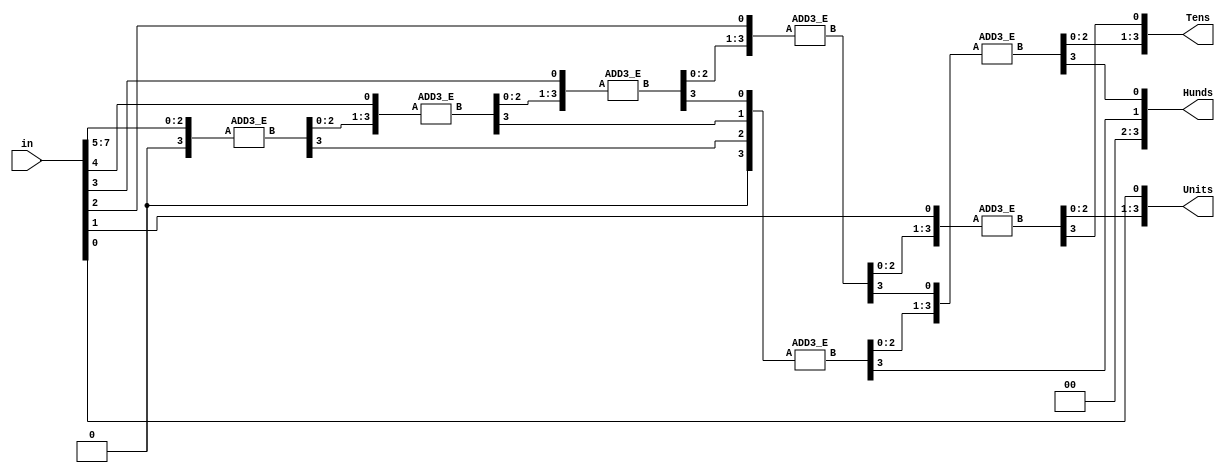
module BCD_E(input [7:0] in, output [3:0] Units, output [3:0] Tens, output [3:0] Hunds);

wire [3:0] B1,B2,B3,B4,B5,B6,B7;


ADD3_E C1 ({1'b0,in[7:5]},B1);
ADD3_E C2 ({B1[2:0],in[4]},B2);
ADD3_E C3 ({B2[2:0],in[3]},B3);
ADD3_E C4 ({B3[2:0],in[2]},B4);
ADD3_E C5 ({B4[2:0],in[1]},B5);
ADD3_E C6 ({1'b0,B1[3],B2[3],B3[3]},B6);
ADD3_E C7 ({B6[2:0],B4[3]},B7);


assign Units = {B5[2:0],in[0]};

assign Tens = {B7[2:0],B5[3]};

assign Hunds = {1'b0,1'b0,B6[3],B7[3]};

endmodule

module ADD3_E(input [3:0] A , output [3:0] B);
reg [3:0] C;
always @ (A)
begin 
     if(A<5)
       begin
          C=A;
       end
     else begin
          C=A+3;  
       end
end
assign B = C;
endmodule